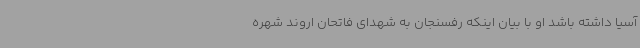
آسیا داشته باشد او با بیان اینکه رفسنجان به شهدای فاتحان اروند شهره